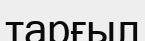
тарғыл